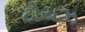
ટોયઝ